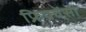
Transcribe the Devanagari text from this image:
फ्रिक्‍वेंसी